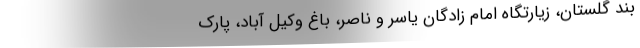
بند گلستان، زیارتگاه امام زادگان یاسر و ناصر، باغ وکیل آباد، پارک